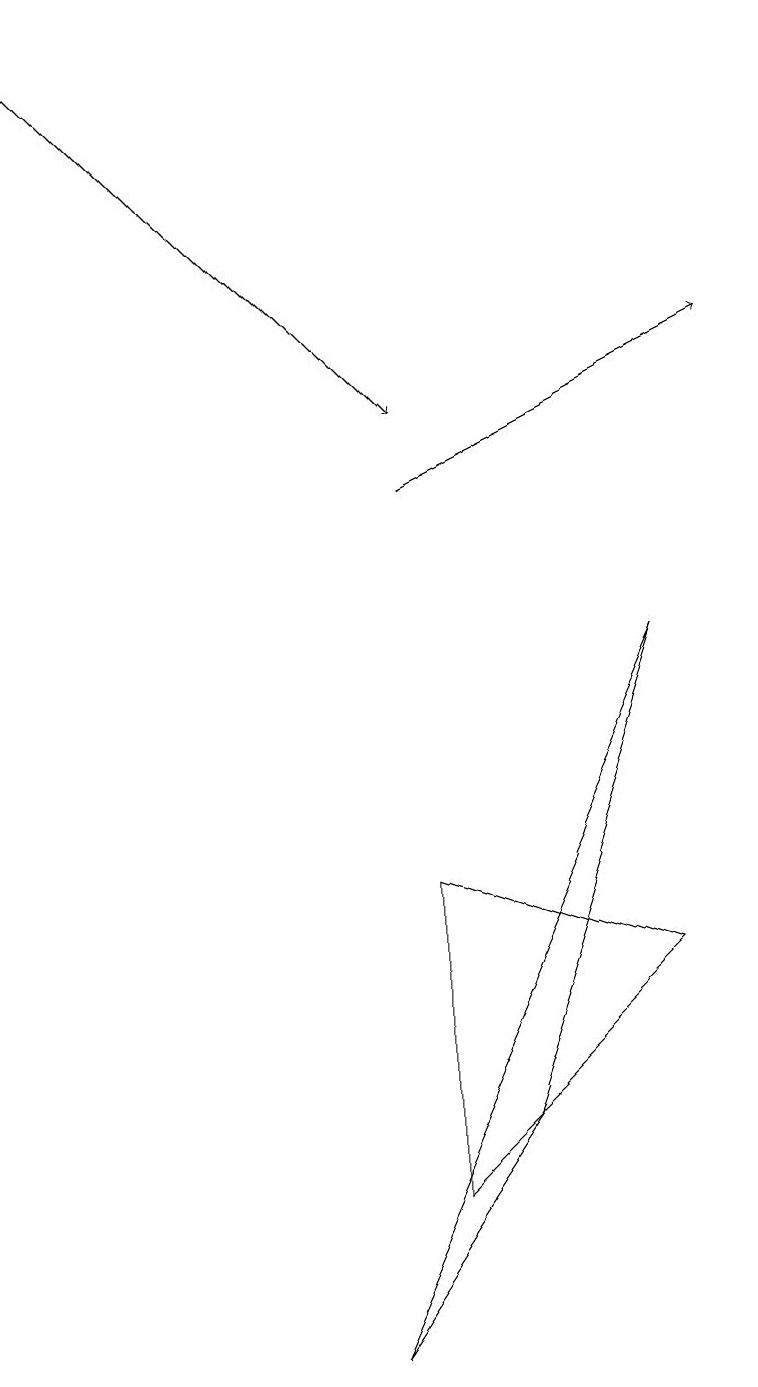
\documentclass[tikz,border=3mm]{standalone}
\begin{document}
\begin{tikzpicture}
\draw[->] (5,11) -- (9,13);
\draw (5,2) -- (8,5) -- (5,6) -- cycle;
\draw (4,0) -- (6,3) -- (8,9) -- cycle;
\draw[->] (0,17) -- (5,12);
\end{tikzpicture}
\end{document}